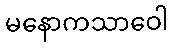
မနောကသာဝေါ